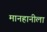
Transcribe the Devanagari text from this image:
मानहानीला